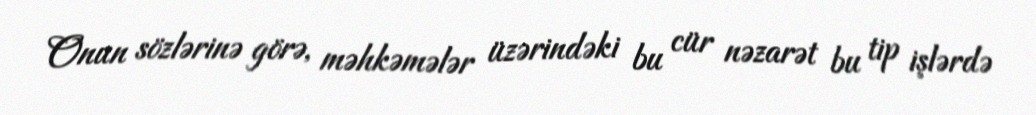
Onun sözlərinə görə, məhkəmələr üzərindəki bu cür nəzarət bu tip işlərdə